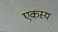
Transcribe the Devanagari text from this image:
एकस्य